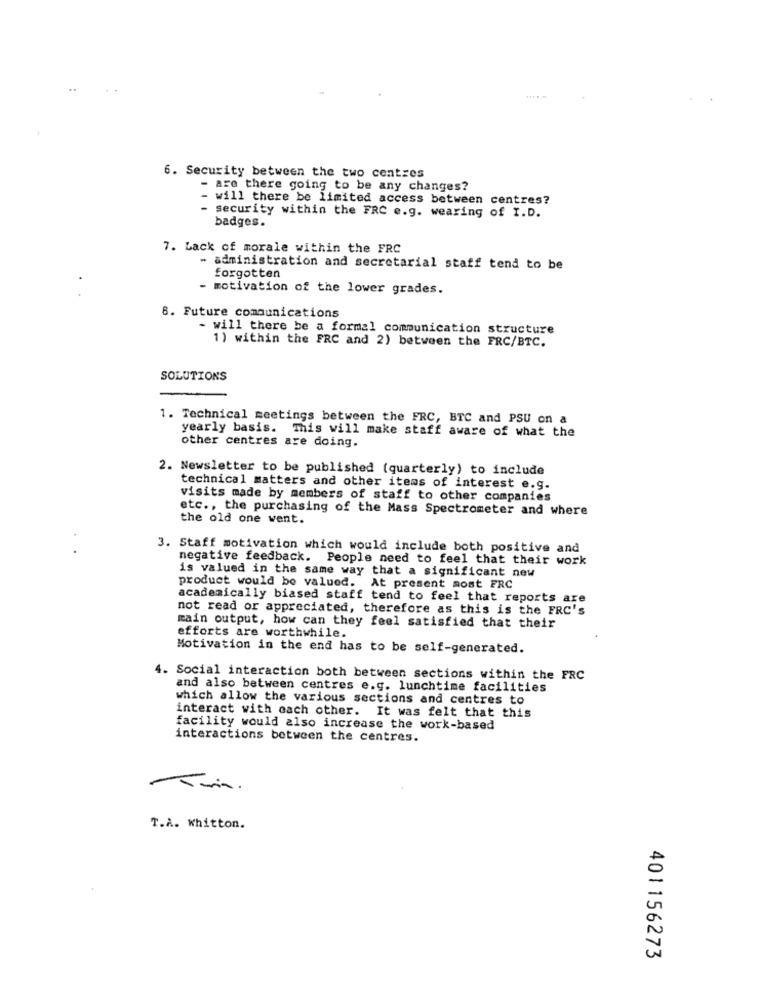
6. Security between the two centres
- are there going to be any changes?
- will there be limited access between centres?
security within the FRC e.g. wearing of I.D.
badges.
7. Lack of morale within the FRC
- administration and secretarial staff tend to be
forgotten
motivation of the lower grades.
8. Future communications
- will there be a formal communication structure
1) within the FRC and 2) between the FRC/BTC.
SOLUTIONS
1. Technical meetings between the FRC, BTC and PSU on a
yearly basis. This will make staff aware of what the
other centres are doing.
2. Newsletter to be published (quarterly) to include
technical matters and other items of interest e.g.
visits made by members of staff to other companies
etc ., the purchasing of the Mass Spectrometer and where
the old one went.
3. Staff motivation which would include both positive and
negative feedback. People need to feel that their work
is valued in the same way that a significant new
product would be valued. At present most FRC
academically biased staff tend to feel that reports are
not read or appreciated, therefore as this is the FRC's
main output, how can they feel satisfied that their
efforts are worthwhile.
Motivation in the end has to be self-generated.
4. Social interaction both between sections within the FRC
and also between centres e.g. lunchtime facilities
which allow the various sections and centres to
interact with each other. It was felt that this
facility would also increase the work-based
interactions between the centres.
T.A. Whitton.
401156273